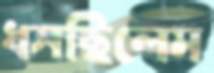
ধসছিলেম